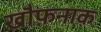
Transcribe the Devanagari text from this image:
खौफ़नाक